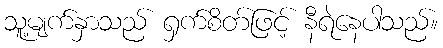
သူ့မျက်နှာသည် ရှက်စိတ်ဖြင့် နီရဲနေပါသည်။